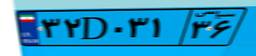
۳۲D۰۳۱۳۶